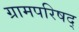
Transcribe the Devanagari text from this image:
ग्रामपरिषद्